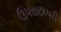
ઉપરાછાપરી